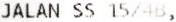
JALAN SS 15/4B,